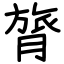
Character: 膂